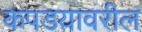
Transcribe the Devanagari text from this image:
कपडय़ावरील